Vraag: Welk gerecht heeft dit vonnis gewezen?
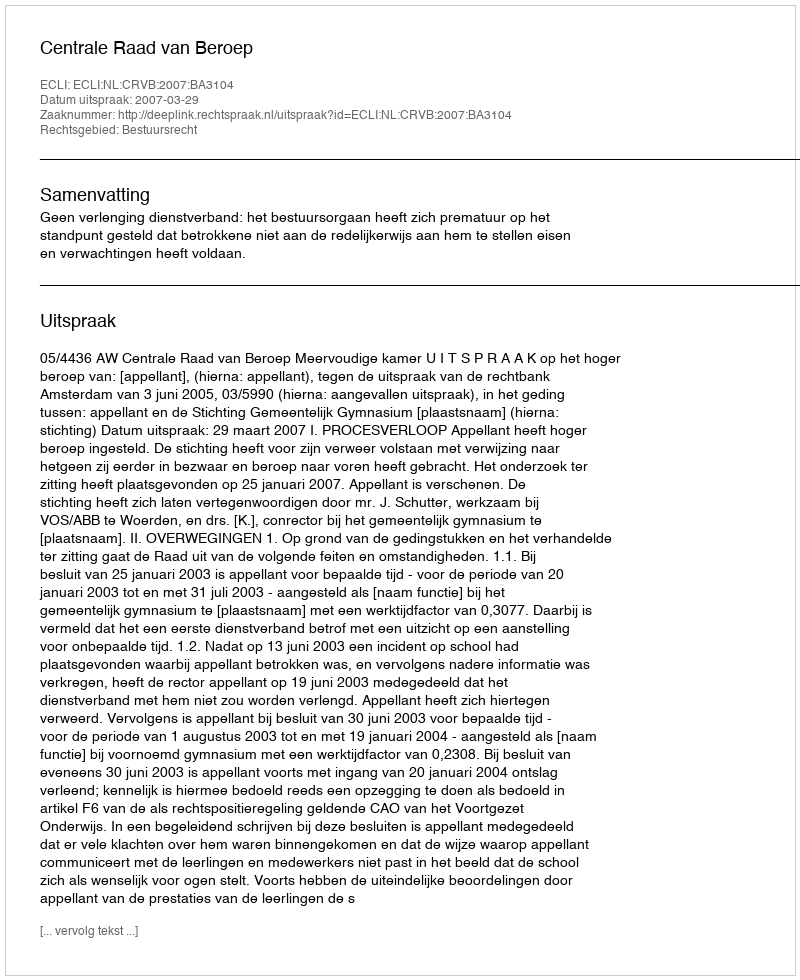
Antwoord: Centrale Raad van Beroep